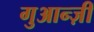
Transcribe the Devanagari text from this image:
गुआन्ज़ी